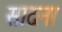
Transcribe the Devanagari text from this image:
सादना